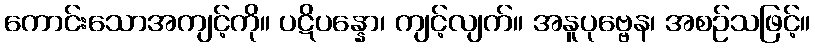
ကောင်းသောအကျင့်ကို။ ပဋိပန္နော၊ ကျင့်လျက်။ အနူပုဗ္ဗေန၊ အစဉ်သဖြင့်။